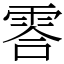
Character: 䨐